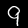
Label: 9